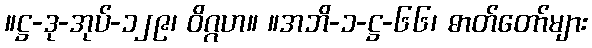
။ဋ္ဌ-ဒု-အုပ်-၁၂၉၊ ဝိဂ္ဂဟ။ ။အဘိ-၁-ဋ္ဌ-၆၆၊ ဓာတ်တော်များ